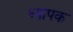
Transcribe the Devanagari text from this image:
ध्यापक